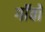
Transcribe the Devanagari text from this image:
गॉंवों